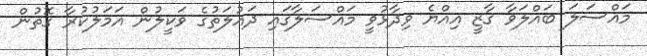
މައްސަލަ ބައްލަވާ ގާޒީ އިއްޔެ ވިދާޅުވީ މައްސަލާގައި ދައުލަތުގެ ވަކީލުން އަމަލުކުރާ ގޮތުން